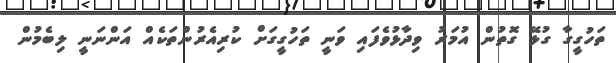
ތަހުގީގާ ގުޅޭ ގޮތުން އުމަރު ވިދާޅުވެފައި ވަނީ ތަހުގީގަށް ކުރިއެރުންތަކެއް އަންނަނީ ލިބެމުން